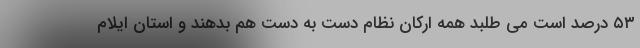
۵۳ درصد است می طلبد همه ارکان نظام دست به دست هم بدهند و استان ایلام